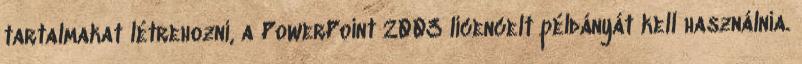
tartalmakat létrehozni, a PowerPoint 2003 licencelt példányát kell használnia.